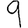
Digit: 9